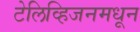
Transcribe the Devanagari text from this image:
टेलिव्हिजनमधून